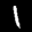
Label: 1